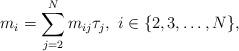
LaTeX: \begin{align*}m_i=\sum\limits_{j=2}^N m_{ij}\tau_j,~i\in\{2,3,\dots,N\},\end{align*}